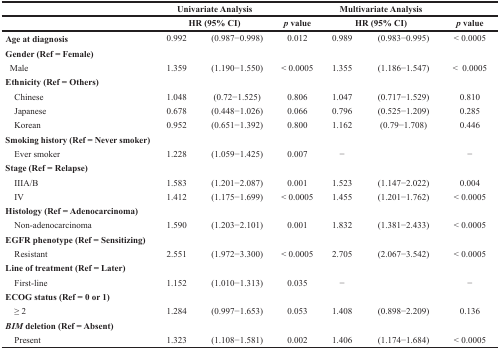
<table><thead><tr><td></td><td colspan="2"><b>Univariate Analysis</b></td><td></td><td colspan="2"><b>Multivariate Analysis</b></td><td></td></tr><tr><td></td><td colspan="2"><b>HR (95% CI)</b></td><td><b><i>p</i> value</b></td><td colspan="2"><b>HR (95% CI)</b></td><td><b><i>p</i> value</b></td></tr></thead><tbody><tr><td><b>Age at diagnosis</b></td><td>0.992</td><td>(0.987−0.998)</td><td>0.012</td><td>0.989</td><td>(0.983−0.995)</td><td>&lt; 0.0005</td></tr><tr><td><b>Gender (Ref = Female)</b></td><td></td><td></td><td></td><td></td><td></td><td></td></tr><tr><td> Male</td><td>1.359</td><td>(1.190−1.550)</td><td>&lt; 0.0005</td><td>1.355</td><td>(1.186−1.547)</td><td>&lt; 0.0005</td></tr><tr><td><b>Ethnicity (Ref = Others)</b></td><td></td><td></td><td></td><td></td><td></td><td></td></tr><tr><td> Chinese</td><td>1.048</td><td>(0.72−1.525)</td><td>0.806</td><td>1.047</td><td>(0.717−1.529)</td><td>0.810</td></tr><tr><td> Japanese</td><td>0.678</td><td>(0.448−1.026)</td><td>0.066</td><td>0.796</td><td>(0.525−1.209)</td><td>0.285</td></tr><tr><td> Korean</td><td>0.952</td><td>(0.651−1.392)</td><td>0.800</td><td>1.162</td><td>(0.79−1.708)</td><td>0.446</td></tr><tr><td><b>Smoking history (Ref = Never smoker)</b></td><td></td><td></td><td></td><td></td><td></td><td></td></tr><tr><td> Ever smoker</td><td>1.228</td><td>(1.059−1.425)</td><td>0.007</td><td>−</td><td></td><td>−</td></tr><tr><td><b>Stage (Ref = Relapse)</b></td><td></td><td></td><td></td><td></td><td></td><td></td></tr><tr><td> IIIA/B</td><td>1.583</td><td>(1.201−2.087)</td><td>0.001</td><td>1.523</td><td>(1.147−2.022)</td><td>0.004</td></tr><tr><td> IV</td><td>1.412</td><td>(1.175−1.699)</td><td>&lt; 0.0005</td><td>1.455</td><td>(1.201−1.762)</td><td>&lt; 0.0005</td></tr><tr><td><b>Histology (Ref = Adenocarcinoma)</b></td><td></td><td></td><td></td><td></td><td></td><td></td></tr><tr><td> Non-adenocarcinoma</td><td>1.590</td><td>(1.203−2.101)</td><td>0.001</td><td>1.832</td><td>(1.381−2.433)</td><td>&lt; 0.0005</td></tr><tr><td><b>EGFR phenotype (Ref = Sensitizing)</b></td><td></td><td></td><td></td><td></td><td></td><td></td></tr><tr><td> Resistant</td><td>2.551</td><td>(1.972−3.300)</td><td>&lt; 0.0005</td><td>2.705</td><td>(2.067−3.542)</td><td>&lt; 0.0005</td></tr><tr><td><b>Line of treatment (Ref = Later)</b></td><td></td><td></td><td></td><td></td><td></td><td></td></tr><tr><td> First-line</td><td>1.152</td><td>(1.010−1.313)</td><td>0.035</td><td>−</td><td></td><td>−</td></tr><tr><td><b>ECOG status (Ref = 0 or 1)</b></td><td></td><td></td><td></td><td></td><td></td><td></td></tr><tr><td> ≥ 2</td><td>1.284</td><td>(0.997−1.653)</td><td>0.053</td><td>1.408</td><td>(0.898−2.209)</td><td>0.136</td></tr><tr><td><b><i>BIM</i> deletion (Ref = Absent)</b></td><td></td><td></td><td></td><td></td><td></td><td></td></tr><tr><td> Present</td><td>1.323</td><td>(1.108−1.581)</td><td>0.002</td><td>1.406</td><td>(1.174−1.684)</td><td>&lt; 0.0005</td></tr></tbody></table>